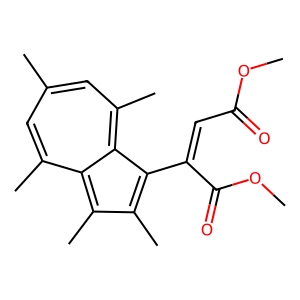
SMILES: COC(=O)C=C(C(=O)OC)c1c(C)c(C)c2c(C)cc(C)cc(C)c1-2
Inhibits HIV replication: No